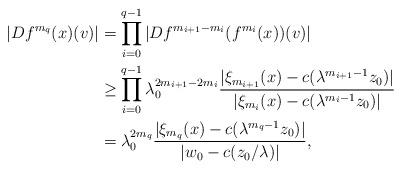
LaTeX: \begin{align*}|Df^{m_q}(x)(v)|&=\prod_{i=0}^{q-1} |Df^{m_{i+1}-m_i}(f^{m_i}(x))(v)| \\&\geq \prod_{i=0}^{q-1} \lambda_0^{2m_{i+1}-2m_i} \frac{ |\xi_{m_{i+1}}(x)-c(\lambda^{m_{i+1}-1}z_0)|}{ |\xi_{m_{i}}(x)-c(\lambda^{m_i-1}z_0)| } \\&=\lambda_0^{2m_q} \frac{|\xi_{m_q}(x)-c(\lambda^{m_q-1}z_0)|}{|w_0-c(z_0/\lambda)|},\end{align*}